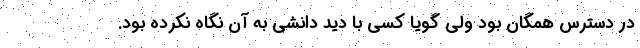
در دسترس همگان بود ولی گویا کسی با دید دانشی به آن نگاه نکرده بود.